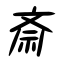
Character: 斎